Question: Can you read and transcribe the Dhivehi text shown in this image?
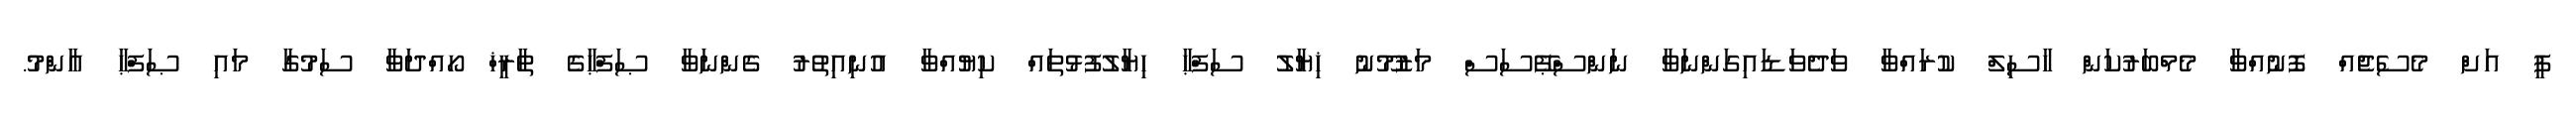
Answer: ޕީ އަށް މެސެޖެއް ފޮނުއްވާ މެމްބަރުކަން ހާސިލް ކުރައްވާ ވަދެވަޑައިގަންނަވާ ނަންސްޕޭސަސް މަޒުމޫނު ޚިޔާލު ސަފްޙާ ހިޔާލުފުޅުތައް ކިޔުއްވާ އުނިއިތުރު ގެންނަވާ ޞަފްޙާގެ ތާރީޚް ހޯއްދަވާ ސަމުގާ މައި ޞަފްޙާ އާންމު.